Vaccination North-Western Provinces and Oudh 1878-1895 - 1878-1895
Year: 1878
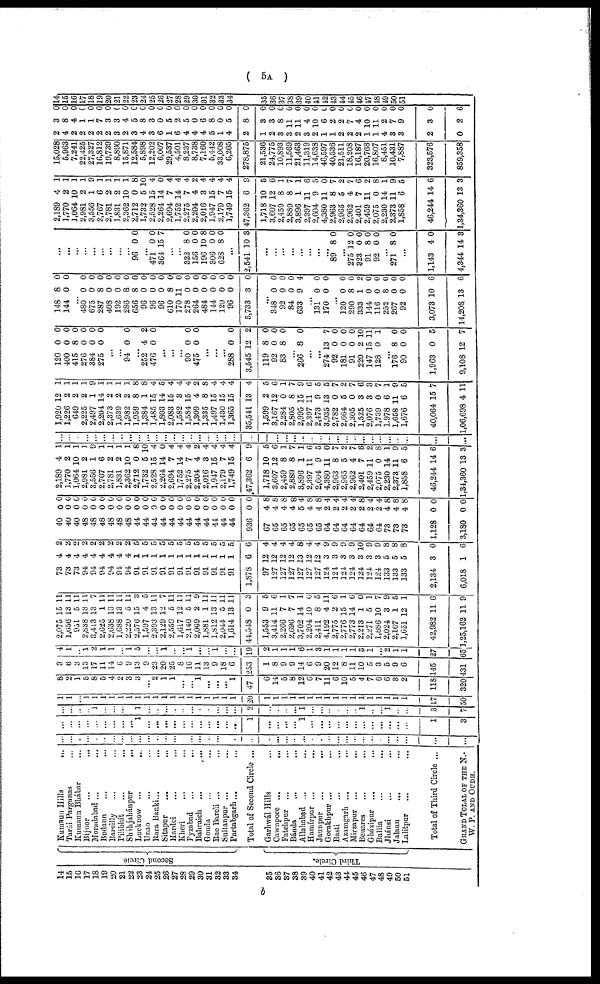
( 5A )
14
15
16
17
18
19
20
21
22
23
24.
25
26
27
28
29
30
31
32
33
34
35
36
37
38
39
40
41
42
43
44
45
46
47
48
49
50
51
Second Circle.
Third Circle.
Kumaun Hills
...
Tarái Parganas ...
Kumaun Bhábar ...
Bijnor
...
...
Moradabad ... ...
Budaun
...
...
Bareilly ... ...
Pilibhít
...
...
Sháhjahánpur
...
...
Lucknow
...
...
Unao
...
...
Rara Banki
...
...
Sitapur
...
...
Hardoi
...
...
Kheri
...
...
Fyzabad
...
...
Bahraich
...
...
Gonda
...
...
Rae Bareli
...
...
Sultanpur
...
...
Partabgarh ... ...
Total of Second Circle ...
Garhwál Hills ... ...
Cawnpore
...
...
Fatehpur ... ...
Bánda
...
...
Allahabad ... ...
Hamírpur
...
...
Jaunpur
...
...
Gorakhpur ... ...
Basti ... ...
Azamgarh ... ...
Mirzapur
...
...
Benares
...
...
Gházipur ... ...
Ballia ... ...
Jhánsi
...
...
Jalaun ... ...
Lalitpur ... ...
Total of Third Circle ...
GRAND TOTAL OF THE N.-
W. P. AND OUDH.
...
...
...
...
...
...
...
...
...
...
...
...
...
...
...
...
...
...
...
...
...
...
...
...
...
...
...
...
...
...
...
...
...
...
...
...
...
...
...
...
...
...
...
...
...
...
...
...
...
...
1
...
...
...
...
...
...
...
...
...
...
...
1
...
...
...
...
1
...
...
...
...
...
...
...
...
...
...
...
...
1
3
...
...
...
...
1
...
...
...
...
1
...
...
...
...
...
...
...
...
...
...
...
2
...
...
...
...
1
...
...
...
...
...
...
1
...
...
1
...
...
3
7
1
1
...
1
1
1
1
1
1
1
1
1
1
1
1
1
1
1
1
1
1
20
1
1
1
1
1
1
1
1
1
1
1
1
1
1
1
1
1
17
50
8
2
1
5
8
5
4
2
3
3
...
2
1
1
...
...
1
...
...
...
1
47
6
14
5
8
12
6
7
11
6
10
5
4
7
6
6
3
2
118
320
3
6
3
13
17
11
14
6
9
13
9
23
20
25
8
16
11
13
9
18
6
253
1
8
9
9
14
6
9
20
12
8
11
10
5
3
5
9
6
145
431
4
1
...
1
2
1
1
...
1
5
...
...
1
...
...
1
...
...
1
...
...
19
2
1
1
1
6
1
3
1
1
1
1
3
1
2
1
1
27
65
2,075
1,656
951
2,838
3,413
2,625
2,638
1,688
2,220
2,576
1,597
2,393
2,129
2,559
1,617
2,140
2,069
1,881
1,812
2,044
1,614
44,548
1,553
3,414
2,266
2,696
3,702
2,204
2,411
4,192
2,775
2,776
2,773
2,213
2,271
1,886
2,024
2,167
1,651
42,982
1,25,162
15
13
5
13
13
1
13
13
5
15
4
13
12
5
12
5
2
1
13
5
13
0
9
11
7
7
14
10
8
4
2
15
14
1
5
10
3
1
12
11
11
11
11
11
11
7
11
11
11
11
3
5
11
7
11
11
11
9
11
11
11
11
3
5
6
1
7
1
6
5
11
6
1
6
0
1
7
9
5
1
6
9
73
73
73
94
94
94
94
94
94
91
91
91
91
91
91
91
91
91
91
91
91
1,878
97
127
127
127
127
127
127
124
124
124
124
124
124
124
133
133
133
2,134
6,018
4
4
4
4
4
4
4
4
4
1
1
1
1
1
1
1
1
1
1
1
1
6
12
12
12
12
13
12
12
3
3
3
3
3
3
3
5
5
5
3
1
2
2
2
2
2
2
2
2
2
5
5
5
5
5
5
5
5
5
5
5
5
6
4
4
4
4
8
4
4
9
9
9
9
10
9
9
8
8
8
0
6
40
40
40
48
48
48
48
48
48
44
44
44
44
44
44
44
44
44.
44
44
44
936
67
65
65
65
65
65
65
64
64
64
64
64
64
64
73
73
73
1,128
3,180
0
0
0
0
0
0
0
0
0
0
0
0
0
0
0
0
0
0
0
0
0
0
4
4
4
4
5
4
4
2
2
2
2
2
2
2
4
4
4
0
0
0
0
0
0
0
0
0
0
0
0
0
0
0
0
0
0
0
0
0
0
0
0
8
8
8
8
4
8
8
4
4
4
4
8
4
4
8
8
8
0
0
2,189
1,770
1,064
2,981
3,556
2,767
2,781
1,831
2,362
2,712
1,732
2,528
2,264
2,694
1,752
2,275
2,204
2,016
1,947
2,179
1,749
47,362
1,718
3,607
2,459
2,889
3,896
2,397
2,604
4,380
2,963
2,965
2,962
2,401
2,459
2,075
2,230
2,373
1,858
46,244
1,34,360
4
2
10
2
1
6
2
2
10
0
5
15
14
7
14
7
4
3
15
7
15
6
10
12
8
8
1
11
9
11
8
5
4
7
11
0
14
11
6
14
13
1
1
1
1
9
1
1
1
1
8
10
4
0
4
4
4
2
4
4
4
4
9
5
6
1
7
1
6
5
0
7
2
7
8
2
8
1
9
5
6
3
...
...
...
...
...
...
...
...
...
...
...
...
...
...
...
...
...
...
...
...
...
...
...
...
...
...
...
...
...
...
...
...
...
...
...
...
...
...
...
...
...
1,920
1,226
649
2,225
2,497
2,204
2,373
1,639
1,982
1,959
1,384
1,485
1,803
2,083
1,582
1,584
1,309
1,335
1,497
1,430
1,365
35,541
1,599
3,167
2,284
2,805
2,995
2,397
2,473
3,935
2,782
2,664
2,305
1,525
2,076
1,739
1,978
1,658
1,676
40,064
1,06,698
12
2
2
2
1
14
2
2
2
8
1
15
14
15
3
15
4
8
15
15
15
13
2
12
0
8
15
11
9
13
0
5
0
3
3
0
6
11
6
15
4
1
1
1
1
9
1
1
1
1
8
8
4
5
4
4
4
2
8
4
4
4
4
5
6
1
7
9
6
5
5
7
2
7
6
3
7
1
9
5
7
11
120
400
415
276
384
275
0
0
8
0
0
0
0
0
0
0
0
0
...
...
94
...
252
476
0
4
0
0
2
0
...
...
...
90
475
0
0
0
0
...
...
...
288
3,545
119
92
83
0
12
8
0
8
0
2
0
0
0
...
266 8 0
...
...
274
92
181
91
220
147
128
13
0
0
0
2
15
0
7
0
0
0
10
11
1
...
176
90
1,963
9,108
8
0
0
12
0
0
5
7
148
144
8
0
0
0
...
480
675
287
408
192
286
656
96
96
96
610
170
278
264
484
144
120
96
5,733
0
0
8
0
0
8
8
0
0
0
8
11
0
0
0
0
0
0
3
0
0
0
0
0
0
0
0
0
0
0
0
0
0
0
0
0
0
0
...
348
92
84
633
0
0
0
9
0
0
0
4
...
131
170
0
0
0
0
...
120
290
333
144
116
252
267
92
3,073
14,208
0
8
1
0
0
8
0
0
10
13
0
0
2
0
0
0
0
0
6
6
...
...
...
...
...
...
...
...
...
96 0 0
...
471
364
0
15
0
7
...
...
322
156
196
306
628
8
0
10
0
8
0
0
8
0
0
...
2,541 10 3
...
...
...
...
...
...
...
...
89 8 0
...
275
323
91
92
12
0
8
0
0
0
0
0
...
271 8 0
...
1,143
4,344
4
14
0
3
2,189
1,770
1,064
2,981
3,556
2,767
2,781
1,831
2,362
2,712
1,732
2,528
2,264
2,694
1,752
2,275
2,204
2,016
1,947
2,179
1,749
47,362
1,718
3,607
2,459
2,889
3,896
2,397
2,604
4,380
2,963
2,965
2,962
2,401
2,459
2,075
2,230
2,373
1,858
46,244
1,34,360
4
2
10
2
1
6
2
2
10
0
5
15
14
7
14
7
4
3
15
7
15
6
10
12
8
8
1
11
9
11
8
5
4
7
11
0
14
11
6
14
13
1
1
1
1
9
1
1
1
1
8
10
4
0
4
4
4
2
4
4
4
4
9
5
6
1
7
1
6
5
0
7
2
7
6
2
8
1
9
5
6
3
15,028
5,963
7,241
22,425
27,327
16,812
19,739
8,890
15,871
12,584
5,898
12,202
6,007
29,537
4,501
8,237
8,738
7,160
5,442
33,008
6,265
278,875
21,536
24,775
10,893
11,569
21,463
11,319
14,638
46,597
40,536
21,511
18,208
16,187
20,768
16,807
8,451
10,431
7,887
323,576
859,358
2
4
2
2
2
2
2
3
2
3
4
3
6
1
6
4
4
4
5
1
4
2
1
2
3
3
2
3
2
1
1
2
2
2
1
1
4
3
3
2
0
3
8
4
1
1
7
3
3
4
5
8
3
0
5
2
5
0
6
8
0
5
8
3
3
8
11
11
4
10
6
2
2
7
4
10
11
2
7
9
3
2
0
0
0
0
0
0
0
0
0
0
0
0
0
0
0
0
0
0
0
0
0
0
0
0
0
0
0
0
0
0
0
0
0
0
0
0
0
0
0
0
6
14
15
16
17
18
19
20
21
22
23
24
25
26
27
28
29
30
31
32
33
34
35
36
37
38
39
40
41
42
43
44
45
46
47
48
49
50
51
6